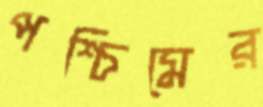
পশ্চিমের